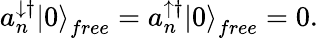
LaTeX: a_{n}^{\downarrow\dagger}\left|0\right\rangle_{free}=a_{n}^{\uparrow\dagger}\left|0\right\rangle_{free}=0.